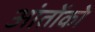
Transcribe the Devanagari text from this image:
आंतोंको